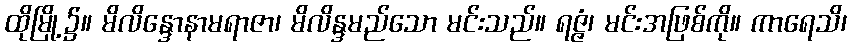
ထိုမြို့၌။ မိလိန္ဒောနာမရာဇာ၊ မိလိန္ဒမည်သော မင်းသည်။ ရဇ္ဇံ၊ မင်းအဖြစ်ကို။ ကာရေသိ၊